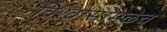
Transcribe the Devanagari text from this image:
विश्‍वासामुळेच